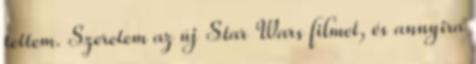
tettem. Szeretem az új Star Wars filmet, és annyira